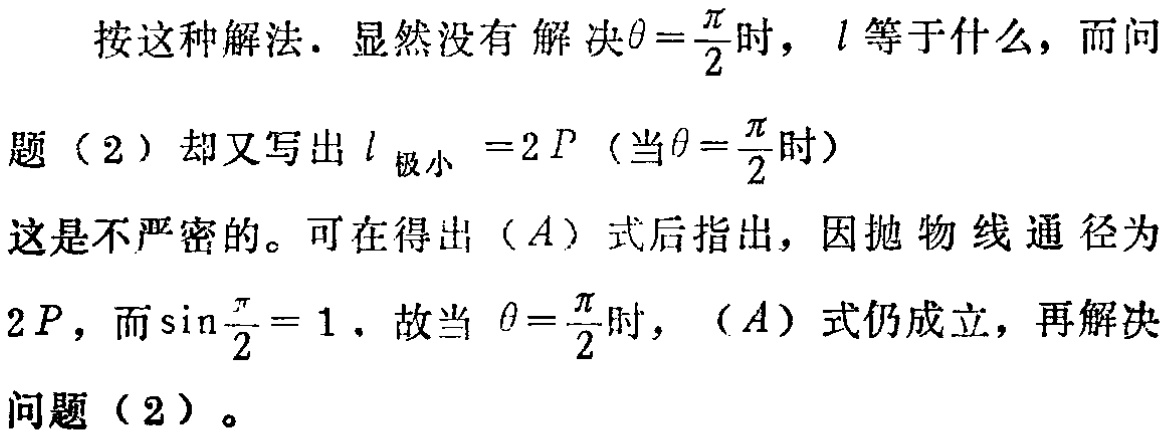
按这种解法. 显然没有解决$\theta = \frac{\pi}{2}$时，$l$等于什么，而问题（2）却又写出$l_{极小}=2P$（当$\theta = \frac{\pi}{2}$时）这是不严密的。可在得出（$A$）式后指出，因抛物线通径为$2P$，而$\sin\frac{\pi}{2}=1$，故当$\theta = \frac{\pi}{2}$时，（$A$）式仍成立，再解决问题（2）。